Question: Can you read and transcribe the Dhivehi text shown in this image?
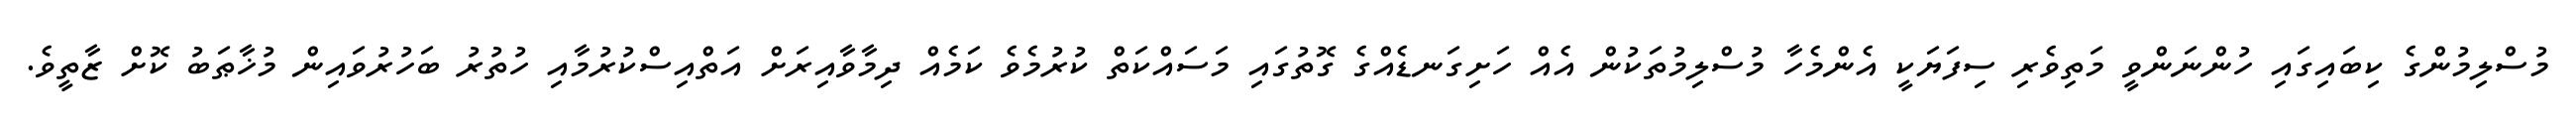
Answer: މުސްލިމުންގެ ކިބައިގައި ހުންނަންވީ މަތިވެރި ސިފަޔަކީ އެންމެހާ މުސްލިމުތަކުން އެއް ހަށިގަނޑެއްގެ ގޮތުގައި މަސައްކަތް ކުރުމެވެ ކަމެއް ދިމާވާއިރަށް އަތްއިސްކުރުމާއި ހުތުރު ބަހުރުވައިން މުޚާޠަބު ކޮށް ޒާތީވެ.